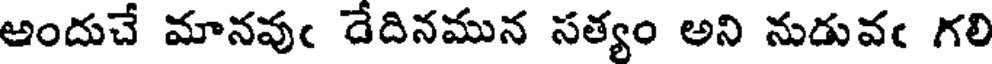
అందుచే మానవుఁ దేదినమున సత్యం అని నుడువఁ గలి